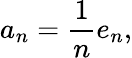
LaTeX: a_{n}={\frac{1}{n}}e_{n},